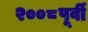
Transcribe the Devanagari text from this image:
२००८पूर्वी